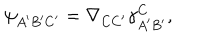
LaTeX: \psi _ { A ^ { \prime } B ^ { \prime } C ^ { \prime } } = \nabla _ { C C ^ { \prime } } \gamma _ { A ^ { \prime } B ^ { \prime } } ^ { C } ,